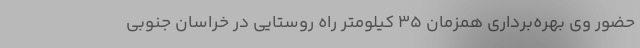
حضور وی بهره‌برداری همزمان ۳۵ کیلومتر راه روستایی در خراسان جنوبی